Indian journal of veterinary science and animal husbandry - Volumes 24-25, 1954-1955
Year: 1954
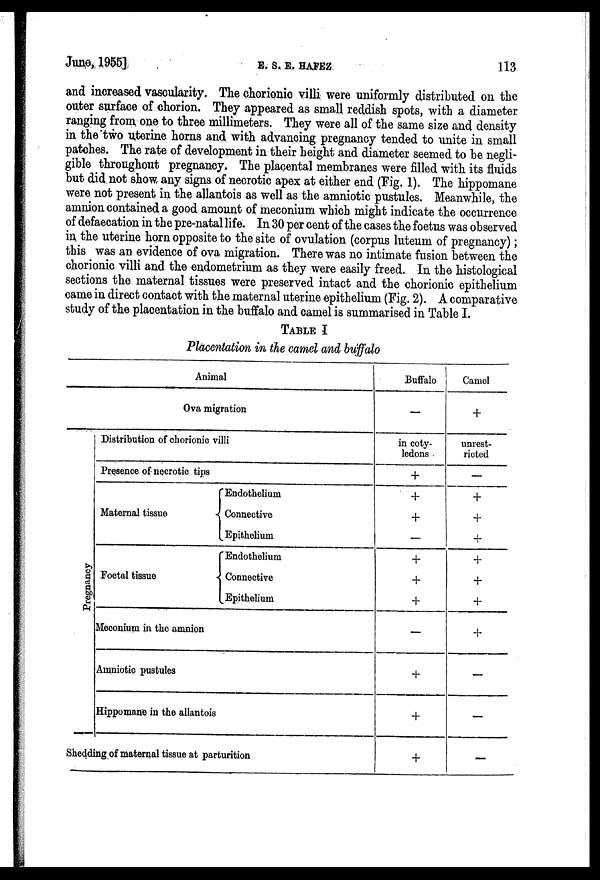
June, 1955]
E.
S.
E.
HAFEZ
113
and increased vascularity. The chorionic villi were uniformly distributed on the
outer surface of chorion. They appeared as small reddish spots, with a diameter
ranging from one to three millimeters. They were all of the same size and density
in the two uterine horns and with advancing pregnancy tended to unite in small
patches. The rate of development in their height and diameter seemed to be negli-
gible throughout pregnancy. The placental membranes were filled with its fluids
but did not show any signs of necrotic apex at either end (Fig. 1). The hippomane
were not present in the allantois as well as the amniotic pustules. Meanwhile, the
amnion contained a good amount of meconium which might indicate the occurrence
of defaecation in the pre-natal life. In 30 per cent of the cases the foetus was observed
in the uterine horn opposite to the site of ovulation (corpus luteum of pregnancy);
this was an evidence of ova migration. There was no intimate fusion between the
chorionic villi and the endometrium as they were easily freed. In the histological
sections the maternal tissues were preserved intact and the chorionic epithelium
came in direct contact with the maternal uterine epithelium (Fig. 2). A comparative
study of the placentation in the buffalo and camel is summarised in Table I.
TABLE I
Placentation in the camel and buffalo
Ova migration
Pr e gna nc y
Distribution of chorionic villi
Presence of necrotic tips
Maternal tissue
Foetal tissue
Endothelium
Connective
Epithelium
Endothelium
Connective
Epithelium
Meconium in the amnion
Amniotic pustules
Hippomane in the allantois
Shedding of maternal tissue at parturition
—
in coty-
ledons
+
+
+
—
+
+
+
—
+
+
+
+
unrest-
ricted
—
+
+
+
+
+
+
+
—
—
—